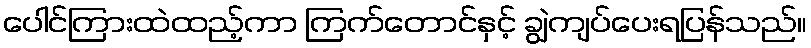
ပေါင်ကြားထဲထည့်ကာ ကြက်တောင်နှင့် ချွဲကျပ်ပေးရပြန်သည်။